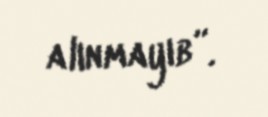
alınmayıb”.